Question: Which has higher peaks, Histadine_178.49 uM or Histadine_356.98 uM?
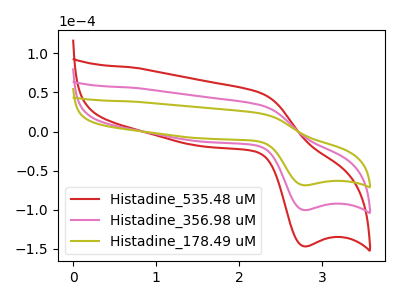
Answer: <think>The red curve "Histadine_535.48 uM" has an anodic peak at (2.25V, 67.60uA) and a cathodic peak at (2.80V, -200.90uA). The pink curve "Histadine_356.98 uM" has an anodic peak at (2.25V, 33.80uA) and a cathodic peak at (2.80V, -100.45uA). The olive curve "Histadine_178.49 uM" has an anodic peak at (2.25V, 23.15uA) and a cathodic peak at (2.80V, -68.70uA).</think>
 <answer>Every peak in "Histadine_178.49 uM" is lower than every peak in "Histadine_356.98 uM".</answer>
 <eval>lower</eval>